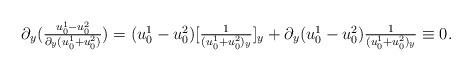
LaTeX: \begin{align*}\begin{array}{ll}\partial_y (\frac{u_0^1-u_0^2}{\partial_y(u_0^1 + u_0^2)}) = (u_0^1-u_0^2)[\frac{1}{(u_0^1 + u_0^2)_y}]_y + \partial_y(u_0^1-u_0^2)\frac{1}{(u_0^1 + u_0^2)_y} \equiv 0.\end{array}\end{align*}